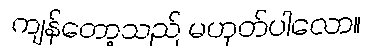
ကျန်တော့သည် မဟုတ်ပါလော။